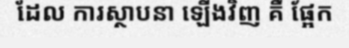
ដែល ការស្ថាបនា ឡើងវិញ គឺ ផ្អែក